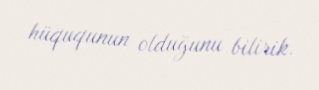
hüququnun olduğunu bilirik.